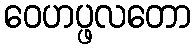
ဝေဟပ္ဖလတော